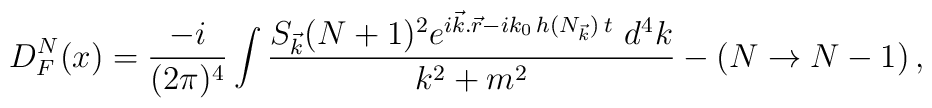
D^{N}_F(x) = \frac{-i}{(2\pi)^4} \int \frac{S_{\vec{k}}(N+1)^2e^{i\vec{k}.\vec{r}-ik_0\, h(N_{\vec{k}}) \, t}\,\, d^4 k}{k^2+m^2} -(N \rightarrow N-1) \, ,